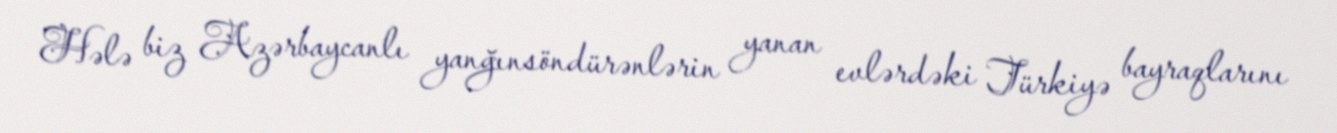
Hələ biz Azərbaycanlı yanğınsöndürənlərin yanan evlərdəki Türkiyə bayraqlarını